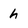
Character: h